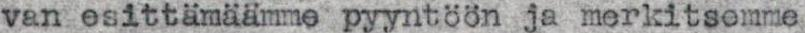
van esittämäämme pyyntöön ja merkitsemme